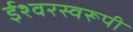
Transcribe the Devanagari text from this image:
ईश्वरस्वरूपी